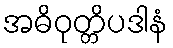
အဓိဝုတ္တိပဒါနံ